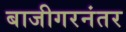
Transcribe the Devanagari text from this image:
बाजीगरनंतर